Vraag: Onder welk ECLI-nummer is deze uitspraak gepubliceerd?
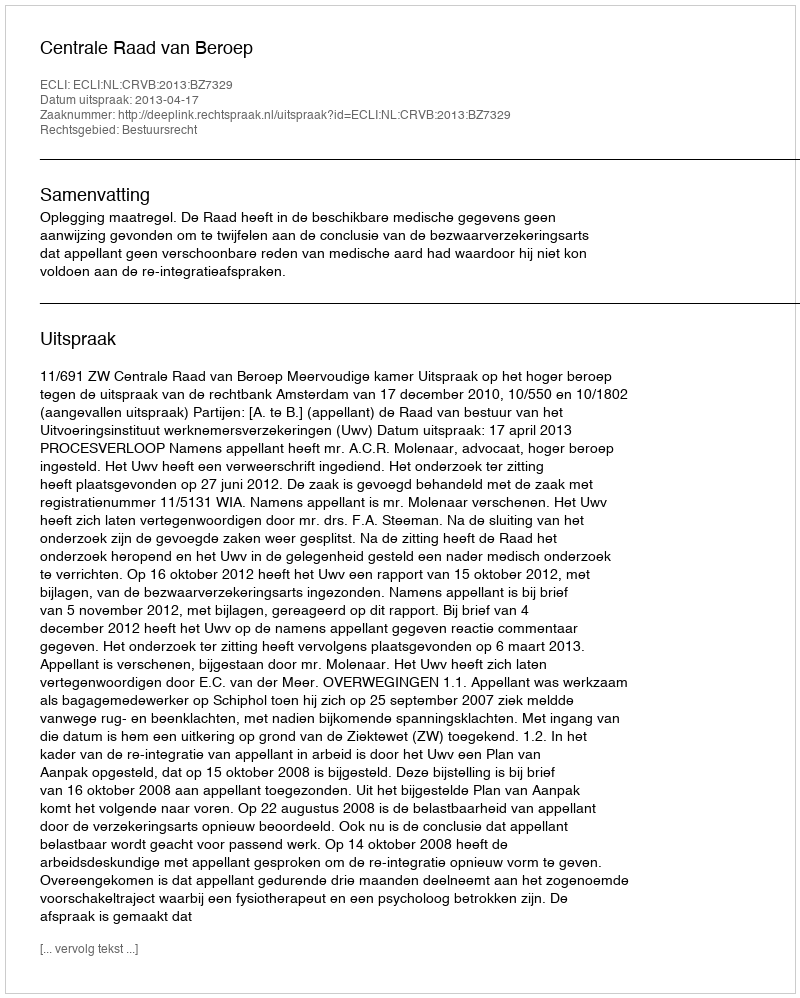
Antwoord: ECLI:NL:CRVB:2013:BZ7329